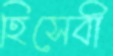
হিসেবী